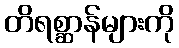
တိရစ္ဆာန်များကို